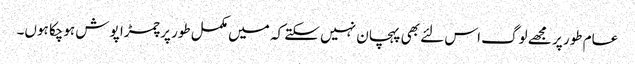
عام طور پر مجھے لوگ اس لئے بھی پہچان نہیں سکتے کہ میں مکمل طور پر چمڑا پوش ہوچکا ہوں۔